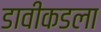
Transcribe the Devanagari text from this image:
डावीकडला